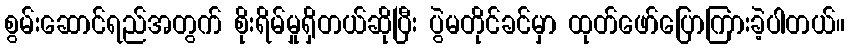
စွမ်းဆောင်ရည်အတွက် စိုးရိမ်မှုရှိတယ်ဆိုပြီး ပွဲမတိုင်ခင်မှာ ထုတ်ဖော်ပြောကြားခဲ့ပါတယ်။